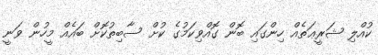
ކުއްލި ޝަރީޢަތެއް ހިންގައި ބޮން ގޮއްވިކަމުގެ ކުށް ސާބިތުކޮށް ބައެއް މީހުން ވަނީ